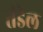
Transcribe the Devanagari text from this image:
तंडेल